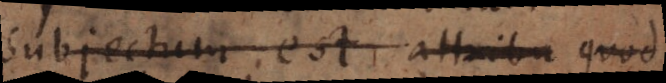
Subjectum est attribu cuju